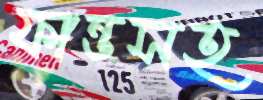
ফান্ডসহ